Leaving Certificate, 1896
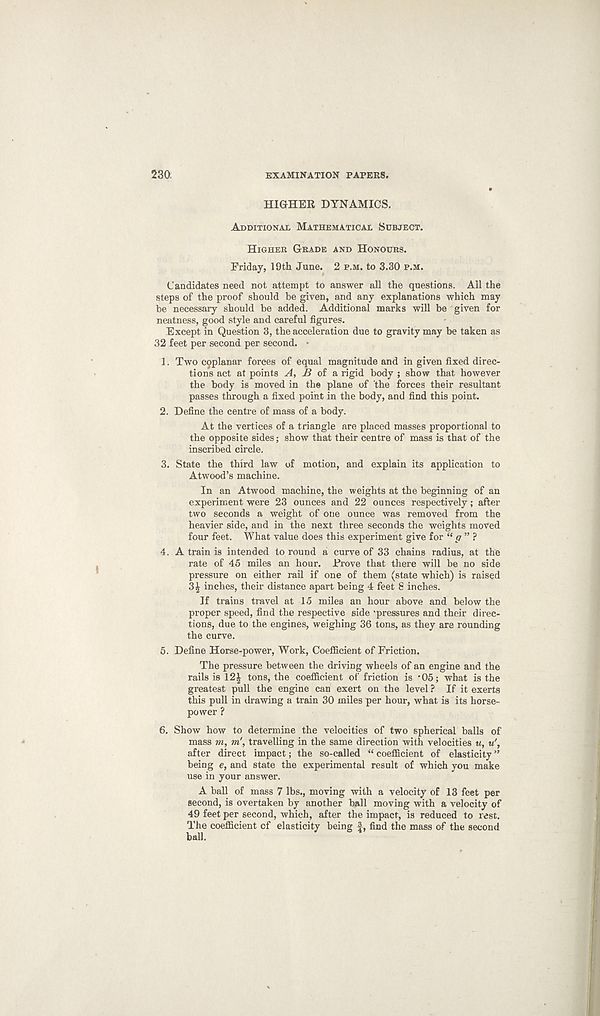
230
examination papers.
HIGHER DYNAMICS.
Additional Mathematical Subject.
Higher Grade and Honours.
Friday, 19th June. 2 p.m. to 3.30 p.m.
Candidates need not attempt to answer all the questions. All the
steps of the proof should be given, and any explanations which may
be necessary should be added. Additional marks will be given for
neatness, good style and careful figures.
Except in Question 3, the acceleration due to gravity may be taken as
32 feet per second per second. •
1. Two coplanar forces of equal magnitude and in given fixed direc-
tions act at points A, B oi & rigid body ; show that however
the body is moved in the plane of the forces their resultant
passes through a fixed point in the body, and find this point.
2. Define the centre of mass of a body.
At the vertices of a triangle are placed masses proportional to
the opposite sides; show that their centre of mass is that of the
inscribed circle.
3. State the third law of motion, and explain its application to
Atwood’s machine.
In an Atwood machine, the weights at the beginning of an
experiment were 23 ounces and 22 ounces respectively; after
two seconds a weight of one ounce was removed from the
heavier side, and in the next three seconds the weights moved
four feet. What value does this experiment give for “ <7 ” ?
4. A train is intended to round a curve of 33 chains radius, at the
rate of 45 miles an hour. Drove that there will be no side
pressure on either rail if one of them (state which) is raised
3^ inches, their distance apart being 4 feet 8 inches.
If trains travel at 15 miles an hour above and below the
proper speed, find the respective side ‘pressures and their direc-
tions, due to the engines, weighing 36 tons, as they are rounding
the curve.
5. Define Horse-power, Work, Coefficient of Friction.
The pressure between the driving wheels of an engine and the
rails is 12| tons, the coefficient of friction is ‘05; what is the
greatest pull the engine can exert on the level ? If it exerts
this pull in drawing a train 30 miles per hour, what is its horse-
power ?
6. Show how to determine the velocities of two spherical balls of
mass m, in' , travelling in the same direction with velocities u,
after direct impact; the so-called “ coefficient of elasticity ”
being e, and state the experimental result of which you make
use in your answer.
A ball of mass 7 lbs., moving with a velocity of 13 feet per
second, is overtaken by another ball moving with a velocity of
49 feet per second, which, after the impact, is reduced to rest.
The coefficient of elasticity being 1, find the mass of the second
ball.